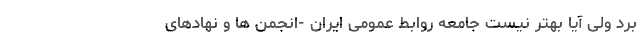
برد ولی آیا بهتر نیست جامعه روابط عمومی ایران -انجمن ها و نهادهای